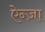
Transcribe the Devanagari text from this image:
ऐन्ज़ा